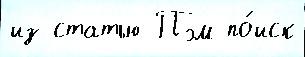
из статью Пэм по́иск